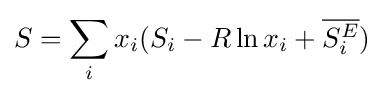
{S}=\sum _{i}x_{i}(S_{i}-R\ln x_{i}+{\overline {S_{i}^{E}}})